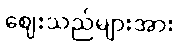
ဈေးသည်များအား